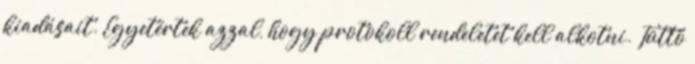
kiadásait. Egyetértek azzal, hogy protokoll rendeletet kell alkotni. Tüttő